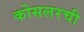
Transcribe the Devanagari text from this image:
कोसलरची